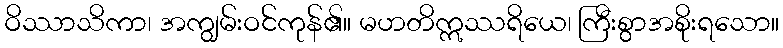
ဝိဿာသိကာ၊ အကျွမ်းဝင်ကုန်၏။ မဟတိဣဿရိယေ၊ ကြီးစွာအစိုးရသော။